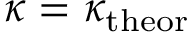
\kappa = \kappa _ { \mathrm { t h e o r } }